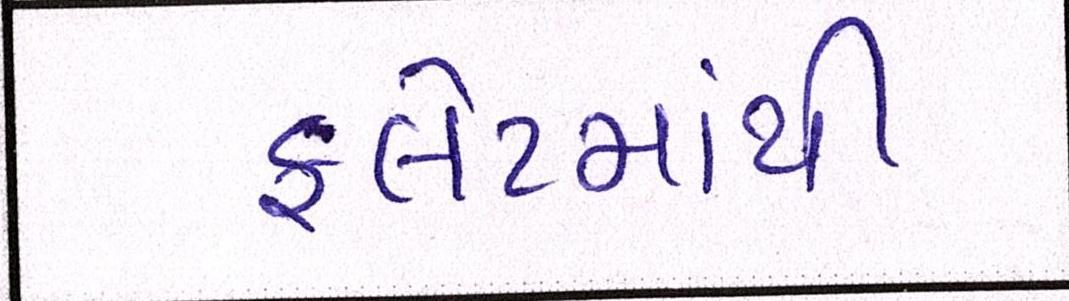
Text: ફલેટમાંથી